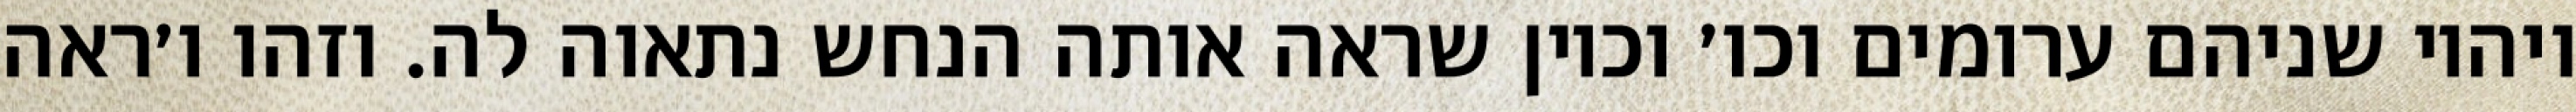
ויהיו שניהם ערומים וכו׳ וכיון שראה אותה הנחש נתאוה לה. וזהו ו׳ראה